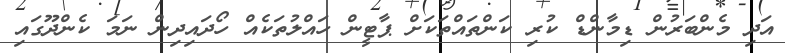
އަދި މެންބަރުން ޑިމާންޑް ކުރި ކަންތައްތަކަށް ޕާޓީން ހައްލުތަކެއް ހޯދައިދިން ނަމަ ކެންދޫގައި